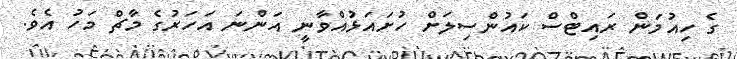
ގެ ހިއުމަން ރައިޓްސް ކައުންސިލަށް ހުށައަޅުއްވާނީ އަންނަ އަހަރުގެ މާޗް މަހު އެވެ.